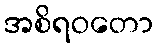
အစိရဝတော